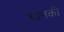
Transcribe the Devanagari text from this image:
चानकी